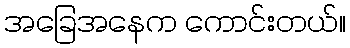
အခြေအနေက ကောင်းတယ်။